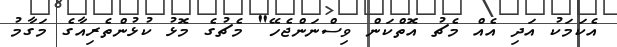
އެކަމަކު އަދި އެއް މެޗު އޮތްކަން ވިސްނަންޖެހޭ" މެޗުގެ މޮޅު ކުޅުންތެރިއާގެ މަގާމު